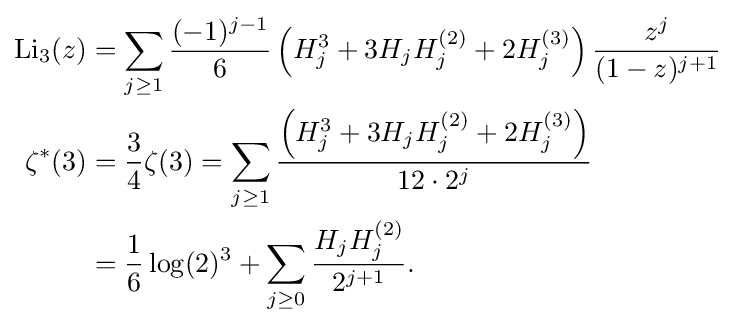
{\begin{aligned}{\text{Li}}_{3}(z)&=\sum _{j\geq 1}{\frac {(-1)^{j-1}}{6}}\left(H_{j}^{3}+3H_{j}H_{j}^{(2)}+2H_{j}^{(3)}\right){\frac {z^{j}}{(1-z)^{j+1}}}\\\zeta ^{\ast }(3)&={\frac {3}{4}}\zeta (3)=\sum _{j\geq 1}{\frac {\left(H_{j}^{3}+3H_{j}H_{j}^{(2)}+2H_{j}^{(3)}\right)}{12\cdot 2^{j}}}\\&={\frac {1}{6}}\log(2)^{3}+\sum _{j\geq 0}{\frac {H_{j}H_{j}^{(2)}}{2^{j+1}}}.\end{aligned}}